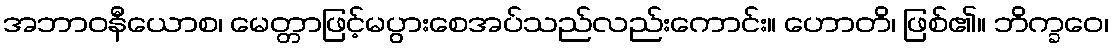
အဘာဝနီယောစ၊ မေတ္တာဖြင့်မပွားစေအပ်သည်လည်းကောင်း။ ဟောတိ၊ ဖြစ်၏။ ဘိက္ခဝေ၊